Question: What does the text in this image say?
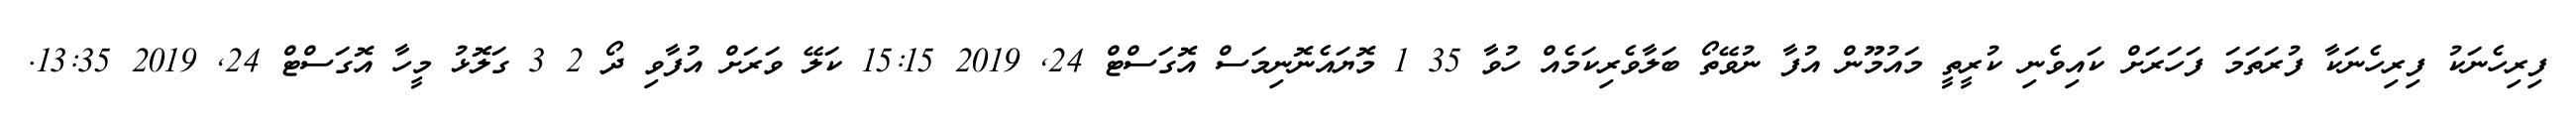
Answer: ފިރިހެނަކު ފިރިހެނަކާ ފުރަތަމަ ފަހަރަށް ކައިވެނި ކުރީތީ މައުމޫން އުފާ ނުވޭތޯ ބަލާވެރިކަމެއް ހުވާ 35 1 މޮޔައެނޮނިމަސް އޮގަސްޓް 24, 2019 15:15 ކަލޭ ވަރަށް އުފާވި ދޯ 2 3 ގަލޮޅު މީހާ އޮގަސްޓް 24, 2019 13:35.